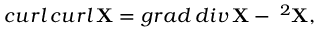
c u r l \, c u r l \, { \bf X } = g r a d \, d i v \, { \bf X } - { \bf \nabla } ^ { 2 } { \bf X } ,